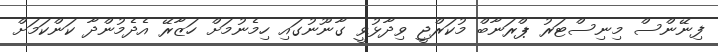
ފިނޭންސް މިނިސްޓަރު ޕްރަނާބް މުކަރްޖީ ވިދާޅުވީ ގާނޫނުގައި ހިމެނުމަށް ހަޒާރޭ އެދެމުންދާ ކަންކަމަށް